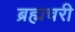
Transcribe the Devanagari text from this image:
ब्रह्मचरी